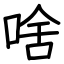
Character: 啥